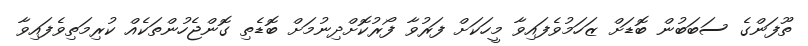
ތޫފަންގެ ސަބަބުން ބޮޑަށް ޒަހަމުވެފައިވާ މީހަކަށް ފަރުވާ ފޯރުކޮށްދިނުމަށް ބޮޑެތި ގޮންޖެހުންތަކެއް ކުރިމަތިވެފައިވާ